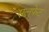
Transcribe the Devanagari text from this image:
सलफ़ेट